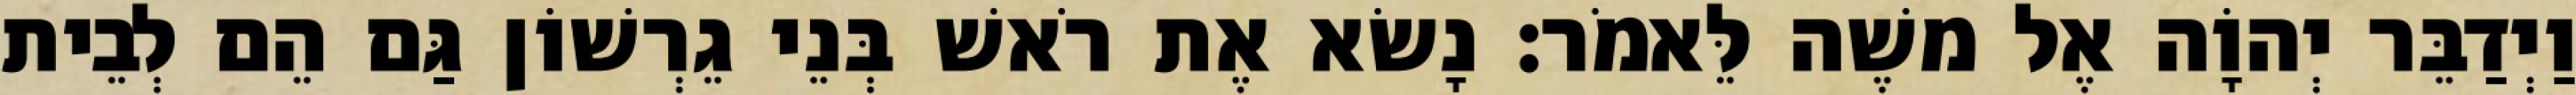
וַיְדַבֵּר יְהוָֹה אֶל משֶׁה לֵּאמֹר׃ נָשׂא אֶת רֹאשׁ בְּנֵי גֵרְשׁוֹן גַּם הֵם לְבֵית